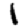
Digit: 1